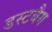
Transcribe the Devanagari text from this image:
डस्टबैग